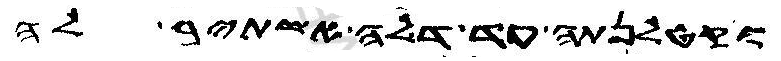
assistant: וקטלנתה עד דלה אשתיר לה